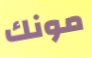
مونك